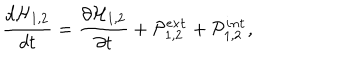
\frac { d { \cal H } _ { 1 , 2 } } { d t } = \frac { \partial { \cal H } _ { 1 , 2 } } { \partial t } + { \cal P } _ { 1 , 2 } ^ { \tt e x t } + { \cal P } _ { 1 , 2 } ^ { \tt i n t } ,